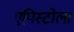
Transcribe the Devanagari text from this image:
एपिस्टोला